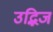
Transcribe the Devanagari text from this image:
उद्भिज